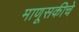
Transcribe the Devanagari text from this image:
माणूसकीचे